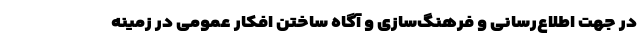
در جهت اطلاع‌رسانی و فرهنگ‌سازی و آگاه ساختن افکار عمومی در زمینه